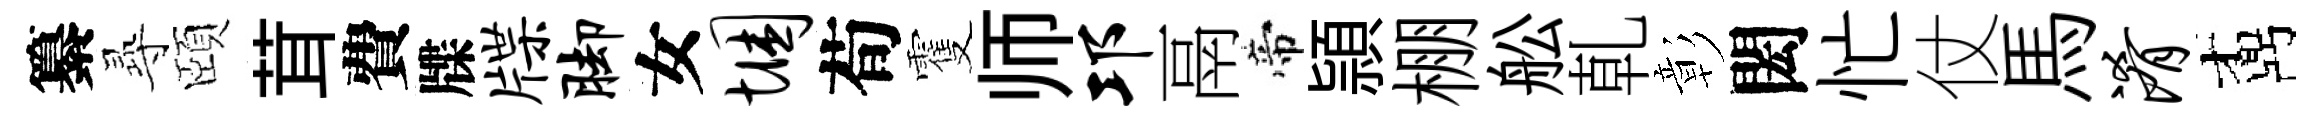
纂𡬶頤茸費牒牒脚女悃荀䨥师邛鬲帝頴棚舩乹彰閎忙仗馬淆鼒